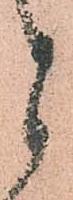
候